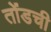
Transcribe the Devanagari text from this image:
तोंडची